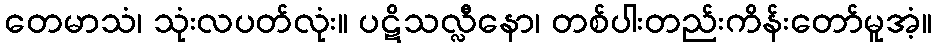
တေမာသံ၊ သုံးလပတ်လုံး။ ပဋိသလ္လီနော၊ တစ်ပါးတည်းကိန်းတော်မူအံ့။